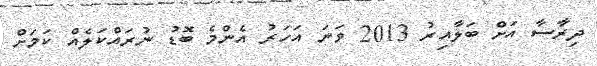
ދިރާސާ އަށް ބަލާއިރު 2013 ވަނަ އަހަރު އެންމެ ބޮޑު ނުރައްކަލެއް ކަމަށް